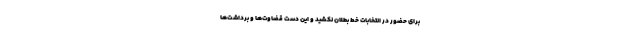
برای حضور در انتخابات خط بطلان نکشید و این دست قضاوت‌ها و برداشت‌ها